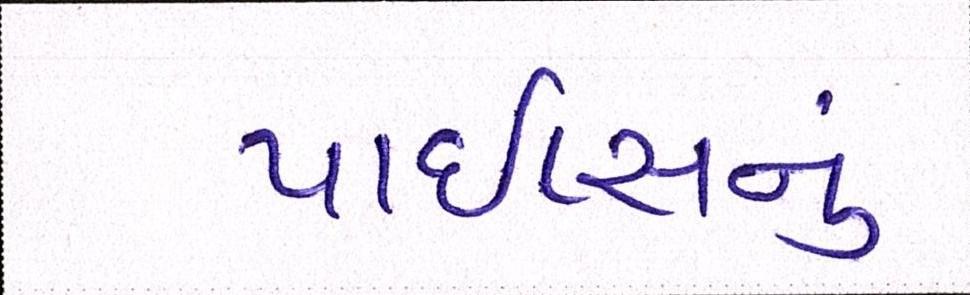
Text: પાઇપ્સનું